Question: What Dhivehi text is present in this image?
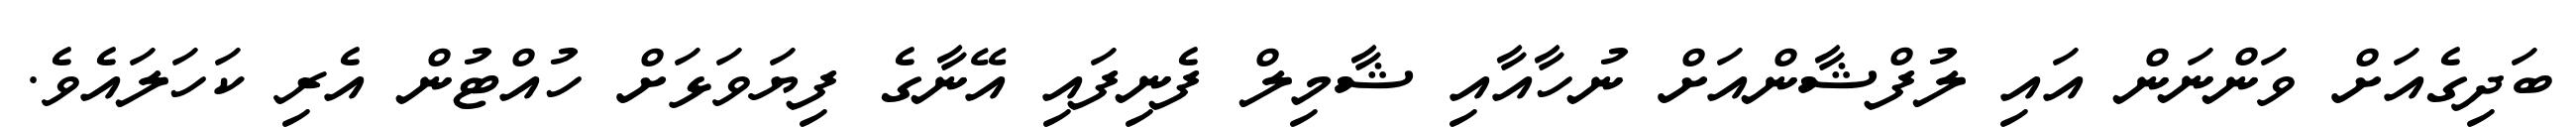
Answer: ބަދިގެއަށް ވަންނަން އައި ލުފްޝާންއަށް ނުހާއާއި ޝާމިލް ފެނިފައި އޭނާގެ ފިޔަވަޅަށް ހުއްޓުން އެރި ކަހަލައެވެ.